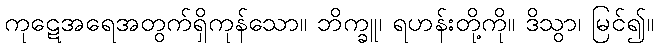
ကုဋေအရေအတွက်ရှိကုန်သော။ ဘိက္ခူ၊ ရဟန်းတို့ကို။ ဒိသွာ၊ မြင်၍။